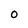
Character: O